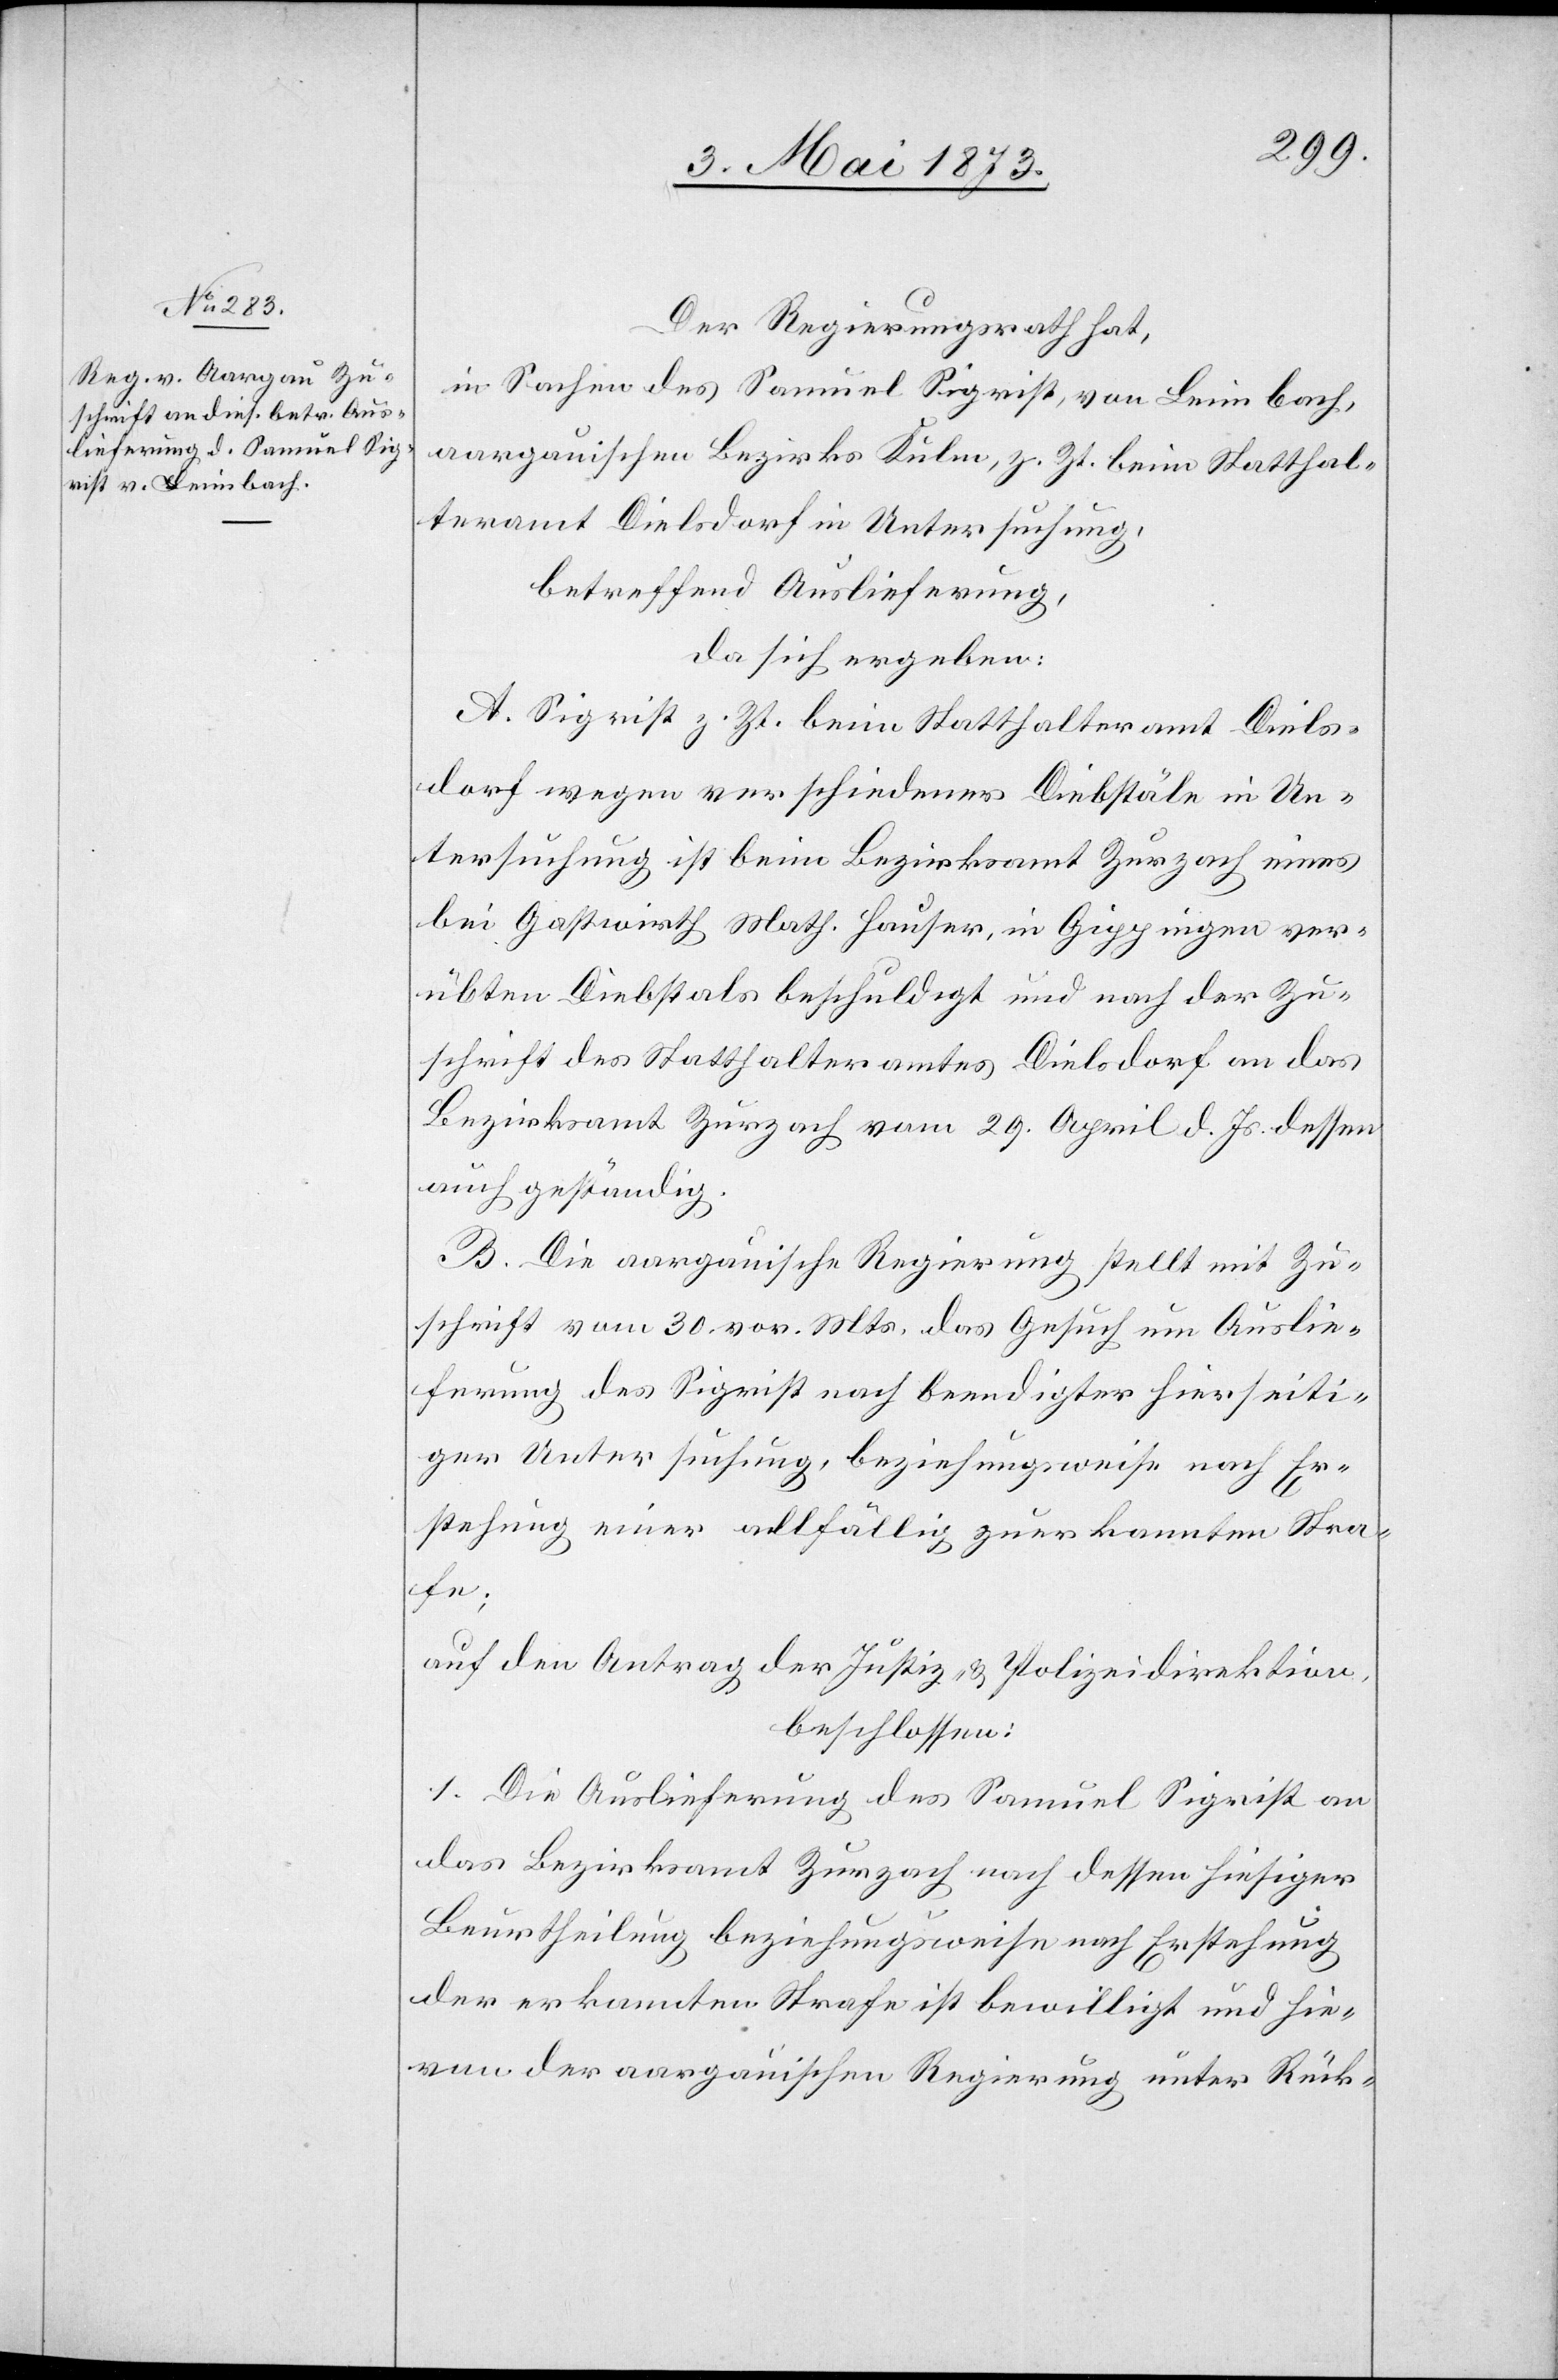
Der Regierungsrath hat,
in Sachen des Samuel Sigrist, von Leimbach,
aargauischen Bezirks Kulm, z. Zt. beim Statthal¬
teramt Dielsdorf in Untersuchung,
betreffend Auslieferung,
da sich ergeben:
A. Sigrist z. Zt. beim Statthalteramt Diels¬
dorf wegen verschiedener Diebstäle in Un¬
tersuchung ist beim Bezirksamt Zurzach eines
bei Gastwirth Math. Hauser, in Gippingen ver¬
übten Diebstals beschuldigt und nach der Zu¬
schrift des Statthalteramtes Dielsdorf an das
Bezirksamt Zurzach vom 29. April d. Js. dessen
auch geständig.
B. Die aargauische Regierung stellt mit Zu¬
schrift vom 30. vor. Mts. das Gesuch um Auslie¬
ferung des Sigrist nach beendigter hierseiti¬
ger Untersuchung, beziehungsweise nach Er¬
stehung einer allfällig zuerkannten Stra¬
fe;
auf den Antrag der Justiz- & Polizeidirektion,
beschlossen:
1. Die Auslieferung des Samuel Sigrist an
das Bezirksamt Zurzach nach dessen hiesiger
Beurtheilung beziehungsweise nach Erstehung
der erkannten Strafe ist bewilligt und hie¬
von der aargauischen Regierung unter Rück-